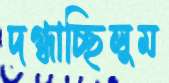
দগ্ধাচ্ছিলুম